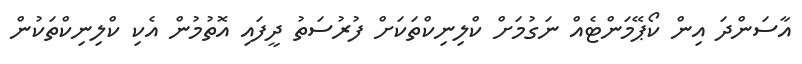
އާސަންދަ އިން ކޯޕޭމަންޓެއް ނަގުމަށް ކްލިނިކްތަކަށް ފުރުސަތު ދީފައި އޮތުމުން އެކި ކްލިނިކްތަކުން